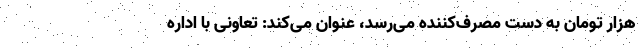
هزار تومان به دست مصرف‌کننده می‌رسد، عنوان می‌کند: تعاونی با اداره